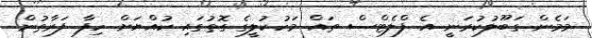
މަމެން ގަބޫލުކުރަނީ އެ ފްލެޓްސް ތައް މަހުކުލީގެ ގޮތުގައި ކުއްޔަށް ހިފާ ފަރާތުން